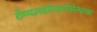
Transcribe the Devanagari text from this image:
टेम्पलहोल्फ़गेसेलशाफ्ट